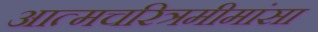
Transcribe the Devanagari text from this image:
अात्मचरित्रमीमांसा